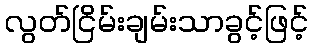
လွတ်ငြိမ်းချမ်းသာခွင့်ဖြင့်